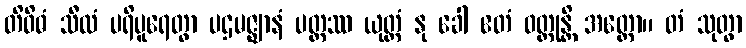
တိဝိဓံ သီလံ ပရိပူရေတွာ ပဌမဇ္ဈာနံ ပတ္တဿ ယုတ္တံ နု ခေါ ဧတံ ဝတ္တုန္တိ အတ္ထော။ တံ သုတွာ